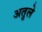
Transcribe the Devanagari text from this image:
अतुले